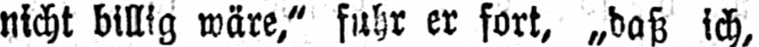
nicht billig wäre,“ fuhr er fort, „daß ich,